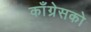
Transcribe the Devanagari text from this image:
काँग्रेसको